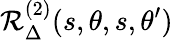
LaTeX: \mathcal{R}_{\Delta}^{(2)}(s,\theta,s,\theta^{\prime})